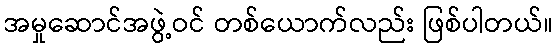
အမှုဆောင်အဖွဲ့ဝင် တစ်ယောက်လည်း ဖြစ်ပါတယ်။